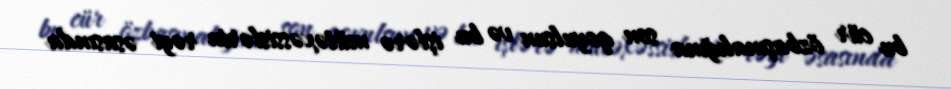
bu cür özbaşınalığına son qoyulsun və bu işlərə mütəxəssislərin rəyi əsasında